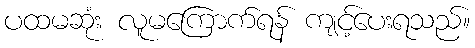
ပထမဆုံး လူမကြောက်ရန် ကျင့်ပေးရသည်။